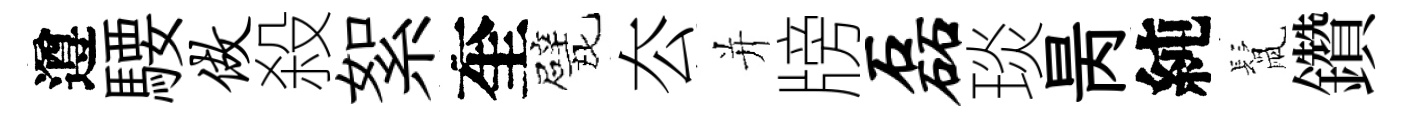
遵騕做殺絮奎戏厺并牓磊琰昺純鬛鑽